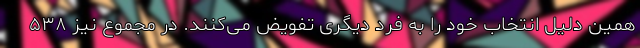
همین دلیل انتخاب خود را به فرد دیگری تفویض می‌کنند. در مجموع نیز ۵۳۸